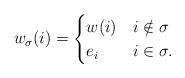
LaTeX: \begin{align*} w_\sigma(i) = \begin{cases} w(i) & i\notin \sigma \\ e_i& i\in \sigma.\end{cases} \end{align*}